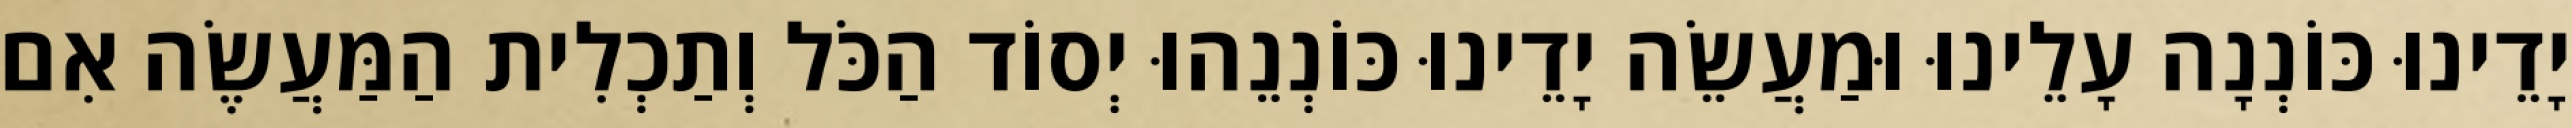
יָדֵינוּ כּוֹנְנָה עָלֵינוּ וּמַעֲשֵׂה יָדֵינוּ כּוֹנְנֵהוּ יְסוֹד הַכֹּל וְתַכְלִית הַמַּעֲשֶׂה אִם